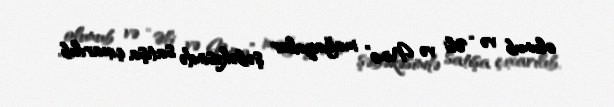
olunub və “Əli və Nino” mağazalar şəbəkəsində satışa çıxarılıb.